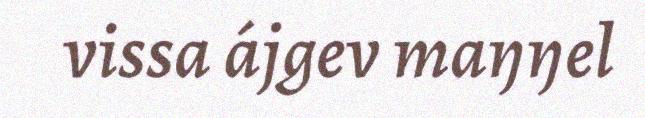
vissa ájgev maŋŋel